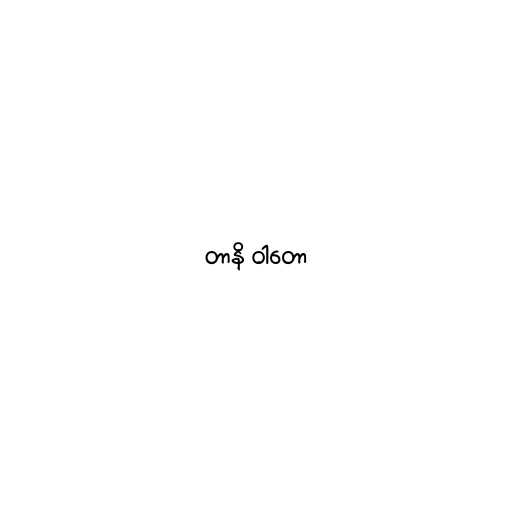
တာနိ ဝါတော